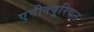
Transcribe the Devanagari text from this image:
एपीक्यूरियन